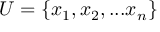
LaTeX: U = \{ x _ { 1 } , x _ { 2 } , . . . x _ { n } \}